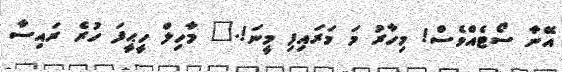
އޭނާ ސޯޓެއްވެސް! މިހާރު މަ މަރައިފި މީނަ!." މާހިލް ހީޙީފަ ހުރެ ރައިސާ